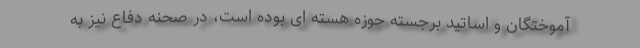
آموختگان و اساتید برجسته حوزه هسته ای بوده است، در صحنه دفاع نیز به